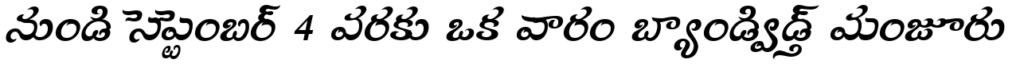
నుండి సెప్టెంబర్ 4 వరకు ఒక వారం బ్యాండ్విడ్త్ మంజూరు